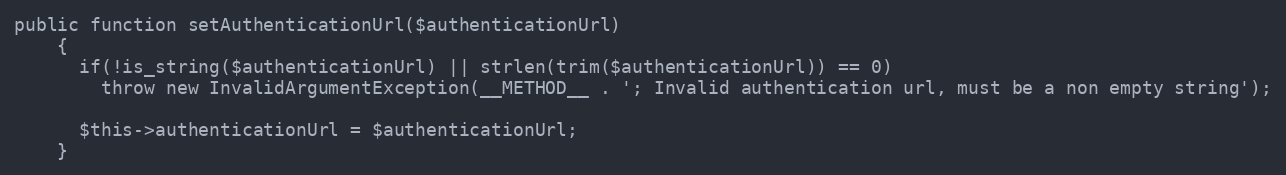
Language: PHP
public function setAuthenticationUrl($authenticationUrl)
    {
      if(!is_string($authenticationUrl) || strlen(trim($authenticationUrl)) == 0)
        throw new InvalidArgumentException(__METHOD__ . '; Invalid authentication url, must be a non empty string');

      $this->authenticationUrl = $authenticationUrl;
    }